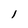
Character: l